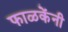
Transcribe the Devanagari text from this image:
फाळकेंनी